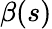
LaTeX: \beta(s)